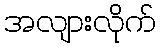
အလျားလိုက်